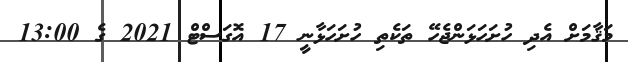
މަޤާމަށް އެދި ހުށަހަޅަންޖެހޭ ތަކެތި ހުށަހަޅާނީ 17 އޮގަސްޓް 2021 ގެ 13:00